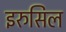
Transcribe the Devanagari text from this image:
इरुसिल